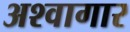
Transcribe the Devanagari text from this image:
अश्वागार